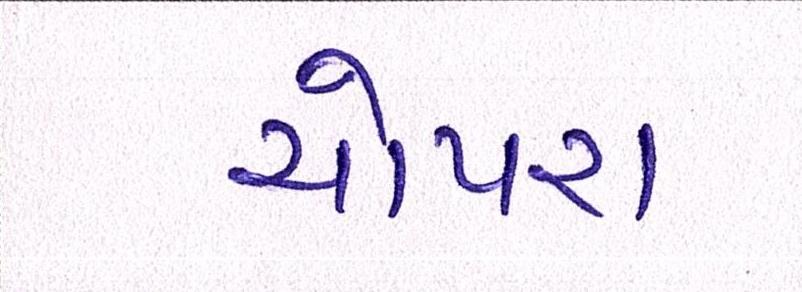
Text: ચોપરા